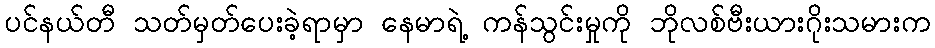
ပင်နယ်တီ သတ်မှတ်ပေးခဲ့ရာမှာ နေမာရဲ့ ကန်သွင်းမှုကို ဘိုလစ်ဗီးယားဂိုးသမားက